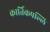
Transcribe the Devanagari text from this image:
कार्तिकपल्लि